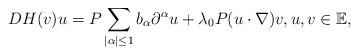
LaTeX: \begin{align*}DH(v)u=P\sum_{|\alpha|\le 1}b_\alpha\partial^\alpha u+\lambda_0P(u\cdot\nabla)v,u,v\in\mathbb{E},\end{align*}